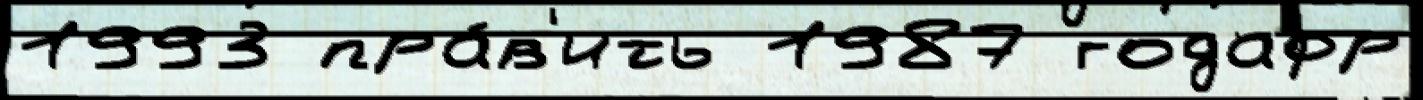
1993 пра́в'ить 1987 годафр